Bréfritari: Salbjörg Pálsdóttir
Dagsetning: A-1869-07-04
Skrifað á: Akureyri  Eyf.

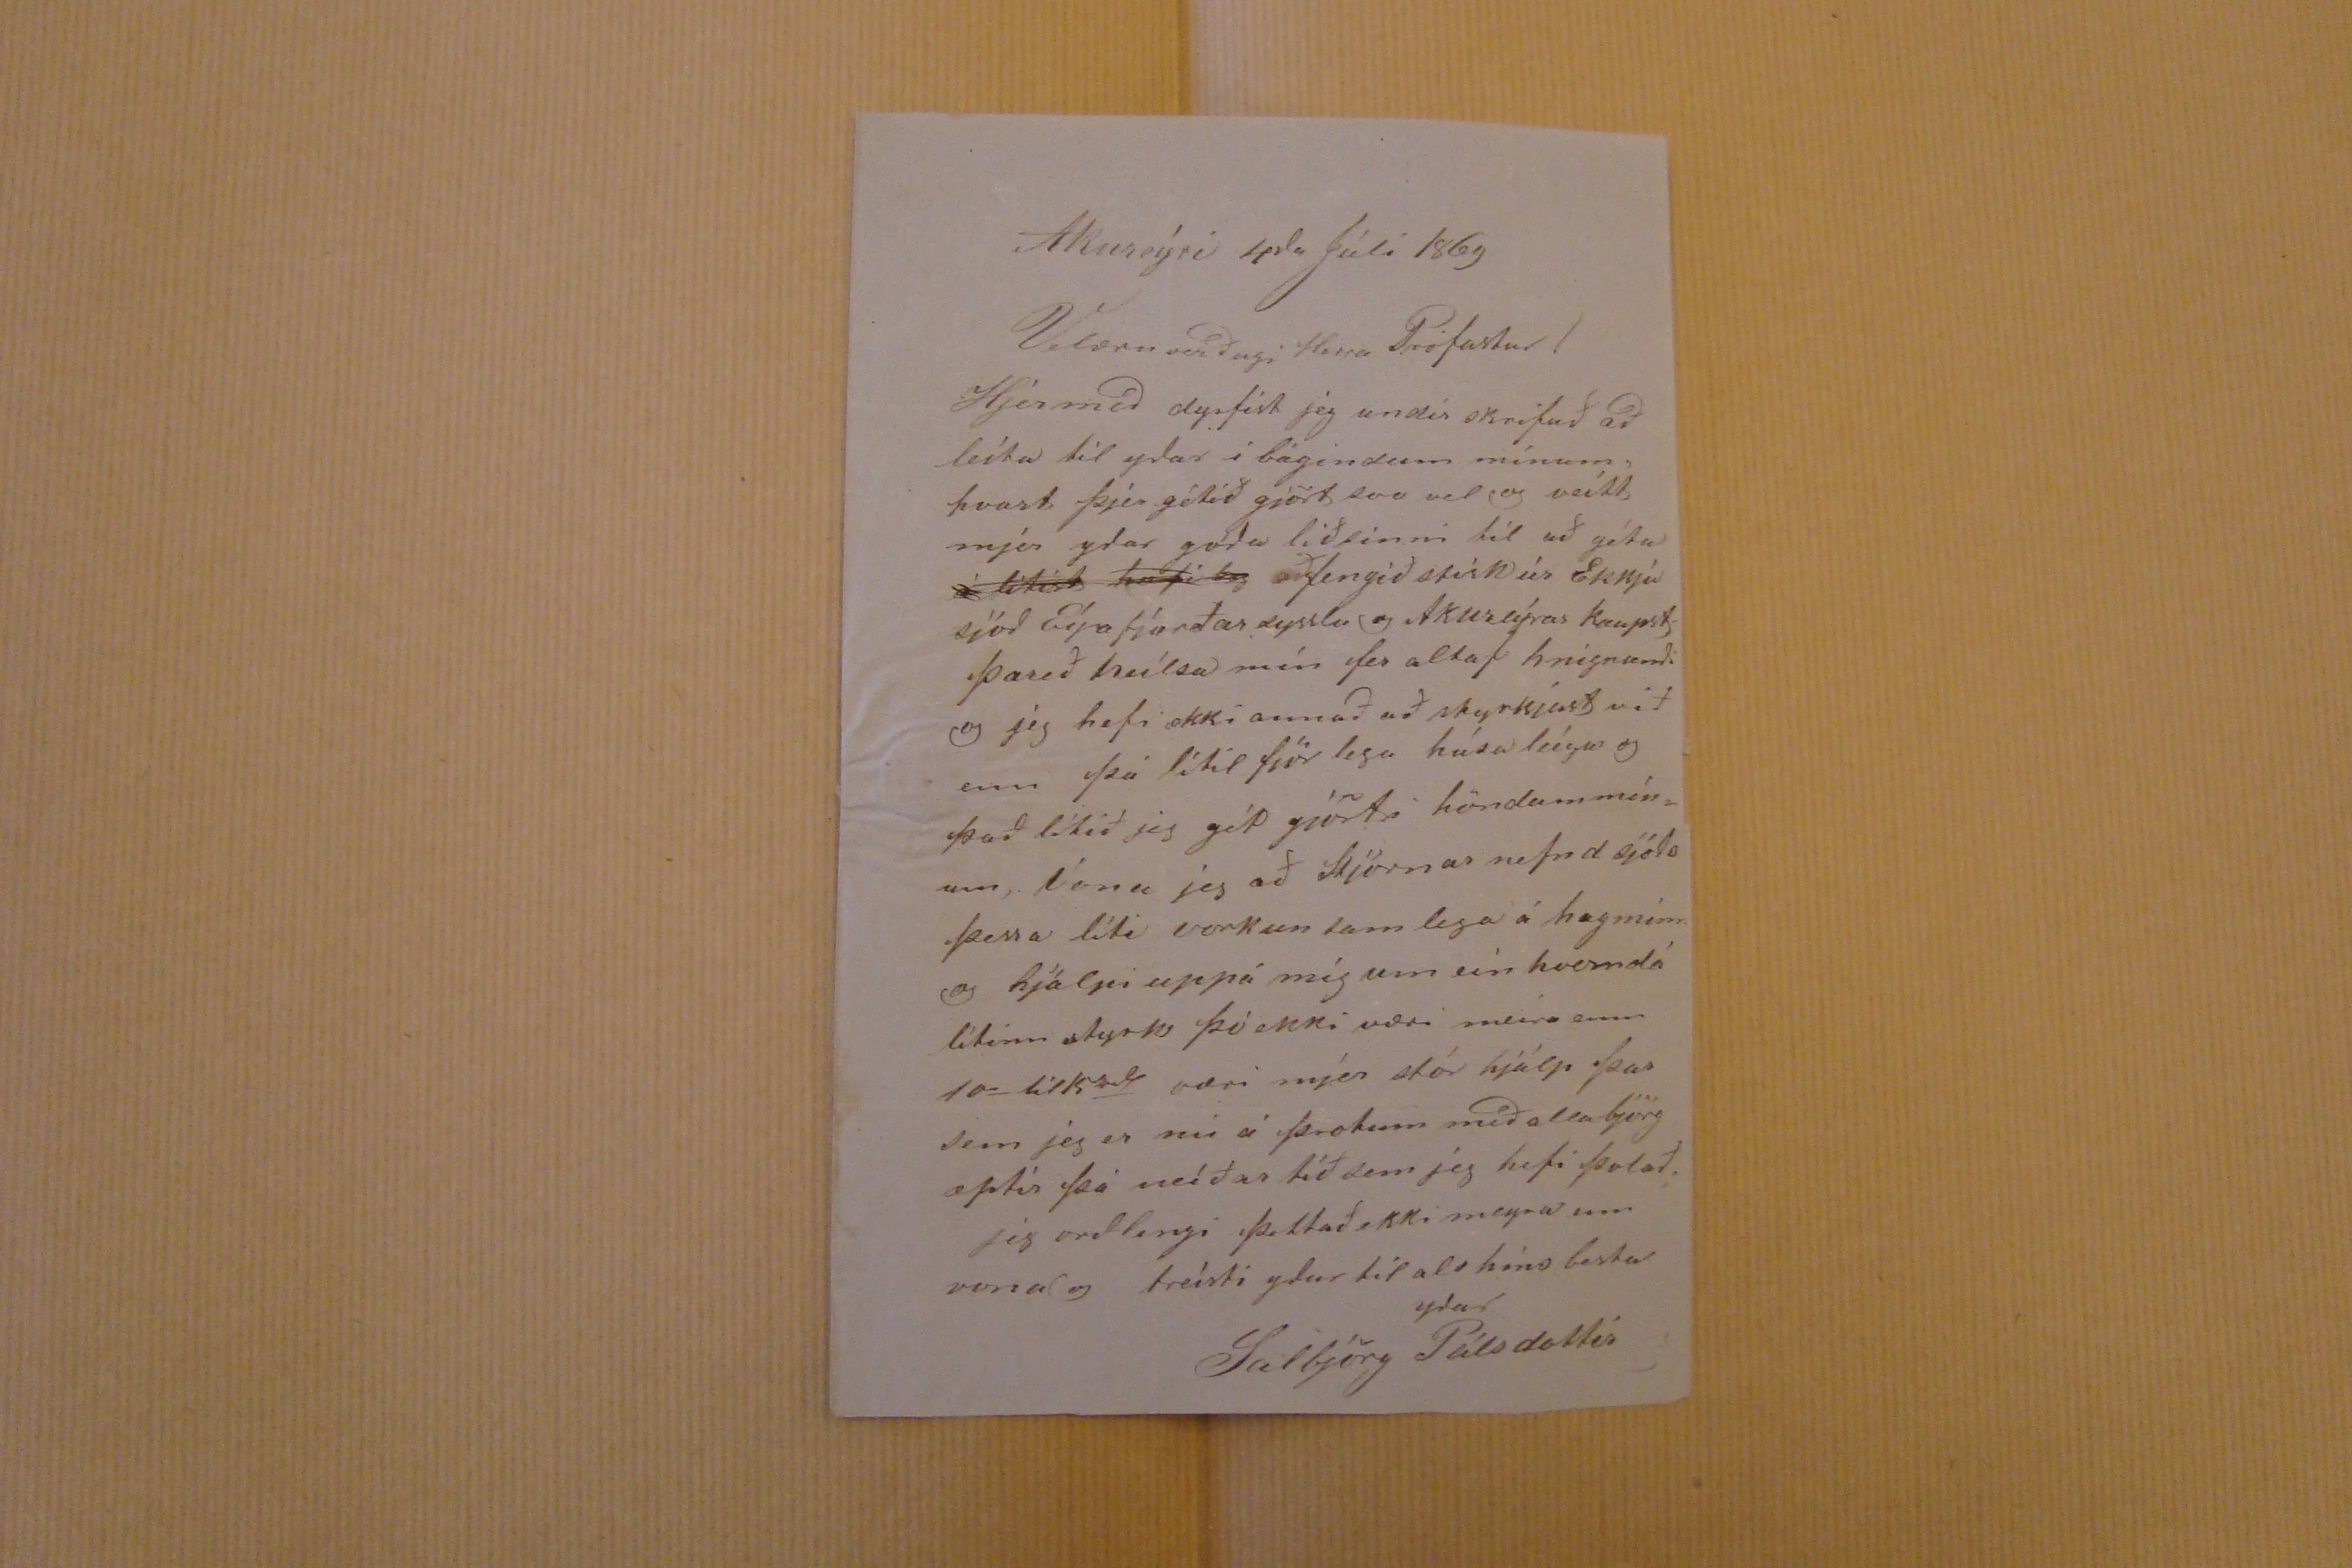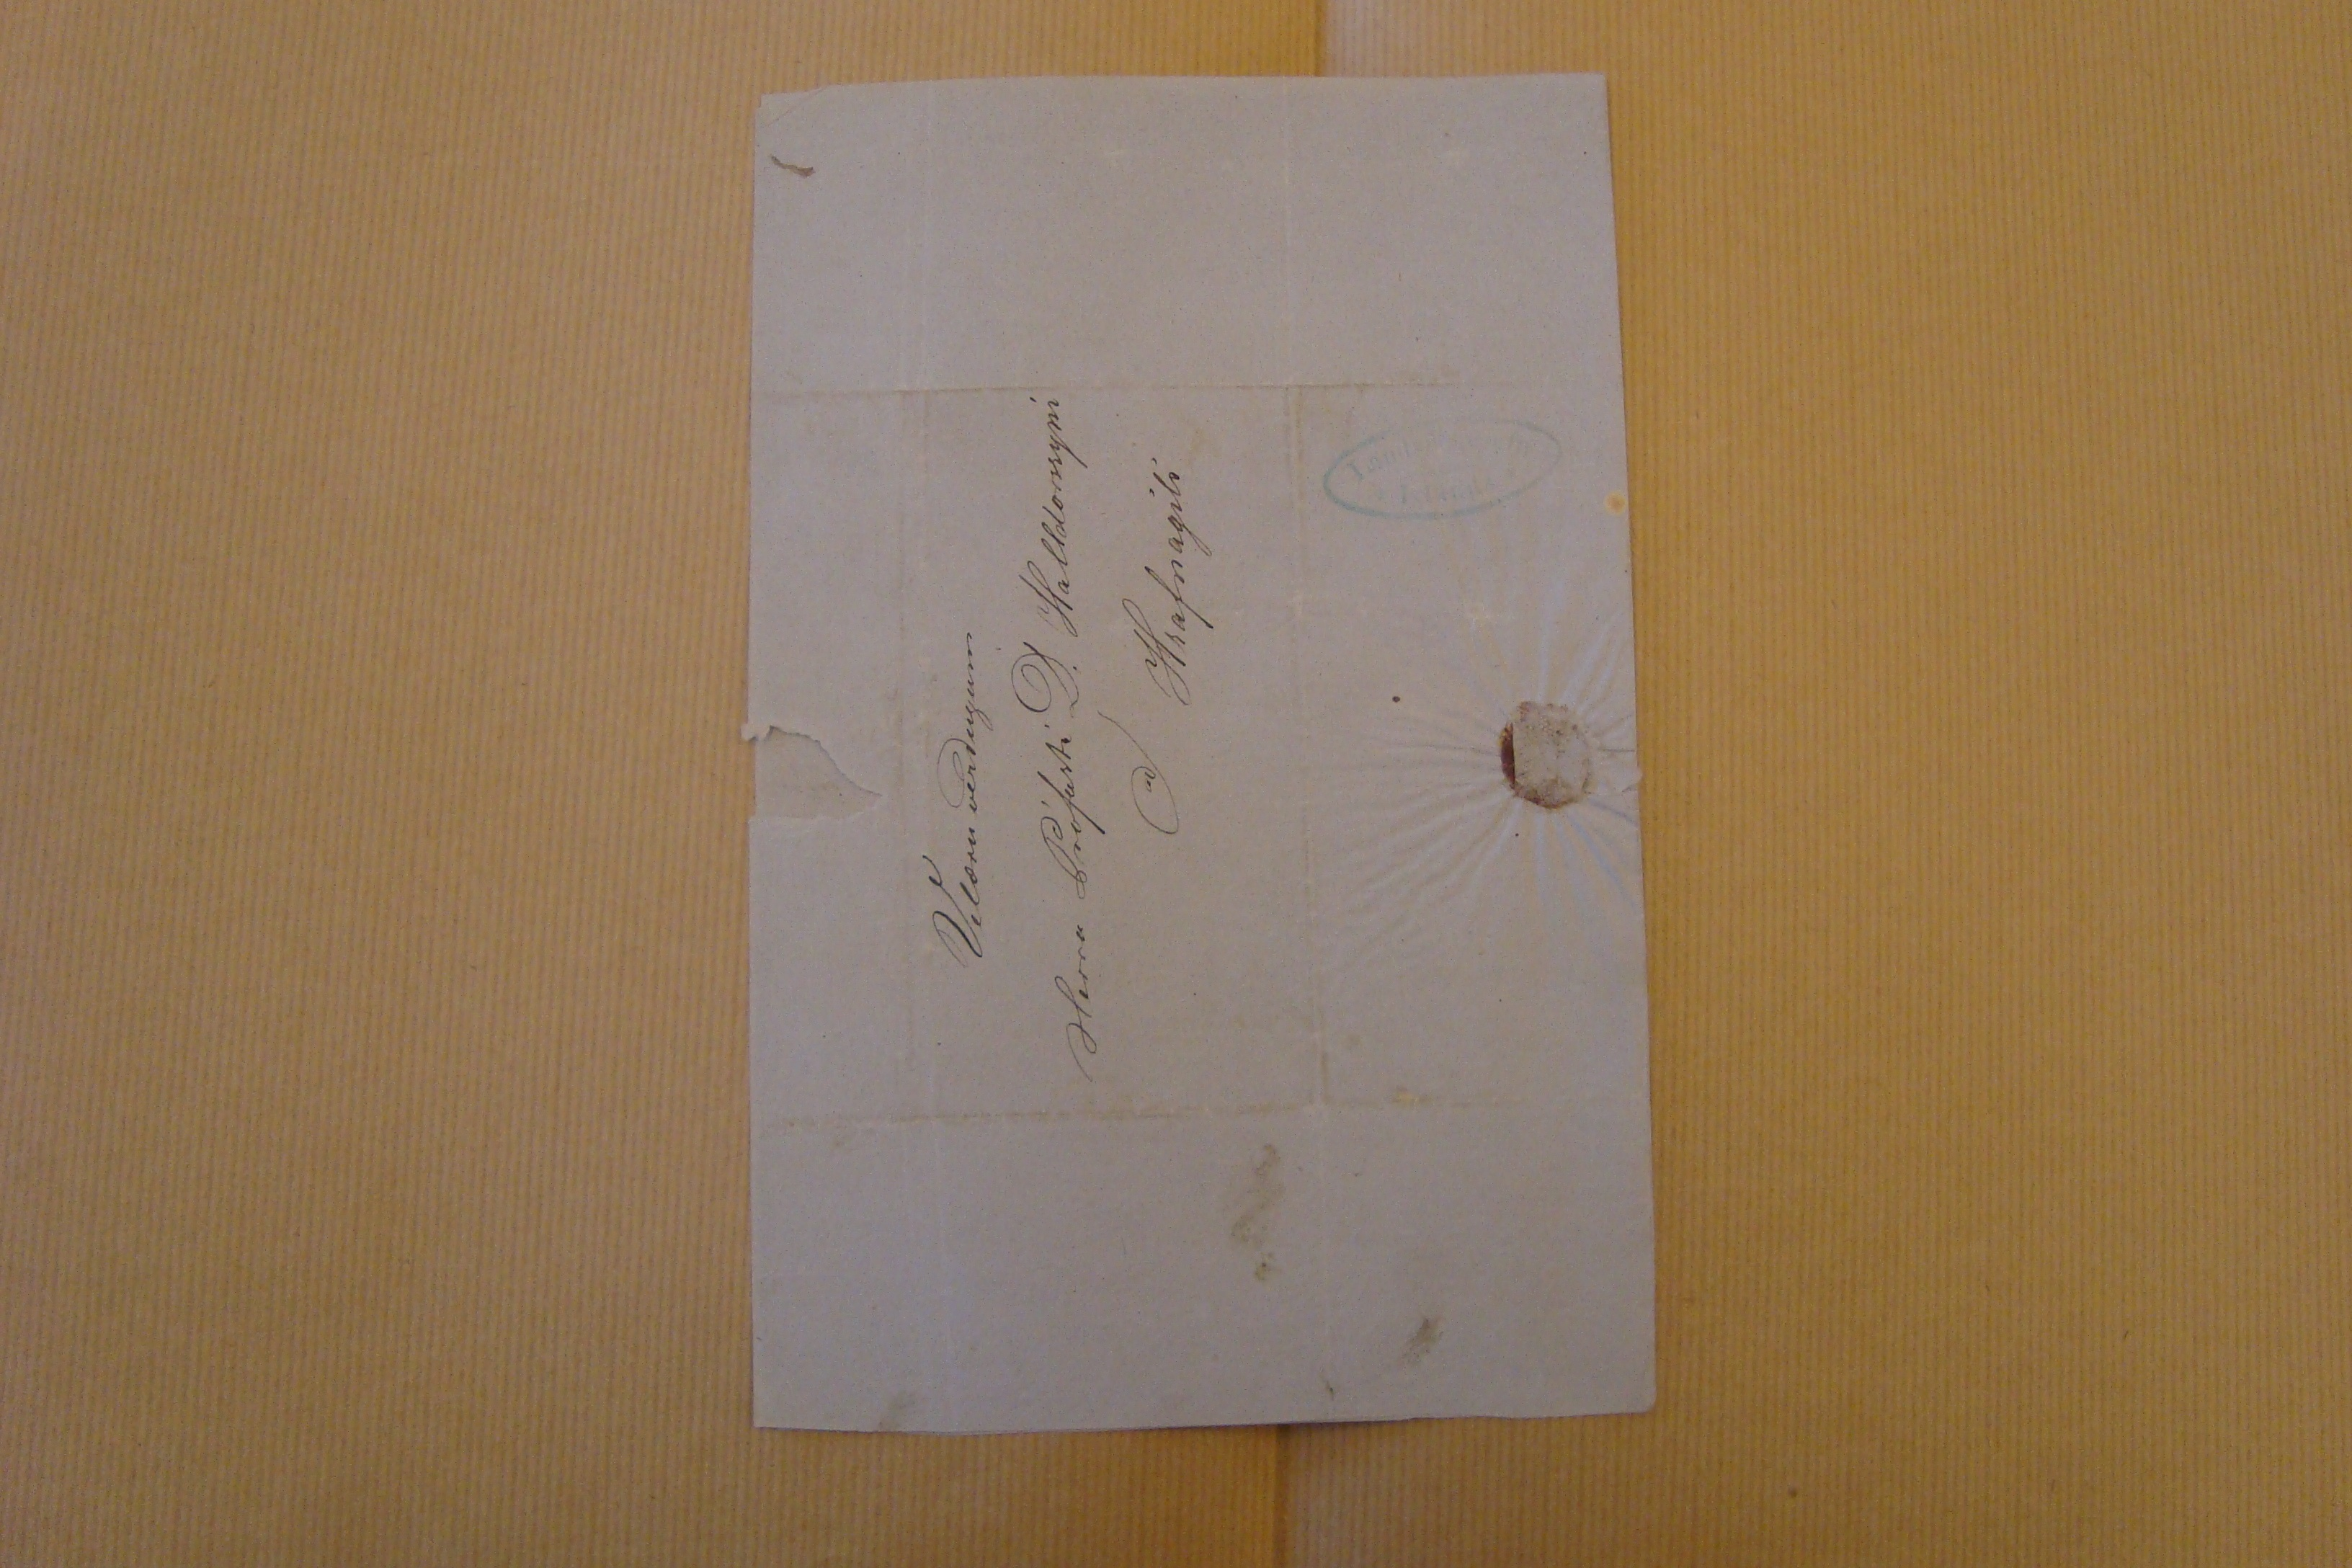

Akureýri 4
da
Júli 1869
Velæru verðugi Herra Profastur!
Hjer með dyrfist jeg undir skrifuð að leíta til yðar í bágindum mínum, hvort þjer gétið gjört svo vel og veítt mjer ydar góda liðsinni til að géta
á lítist
hafi lig
aðfengið stirk úr Ekkju sjóð Eýafjarðar sysslu og Akureýrar kaupst þareð heílsa mín fer altaf hnignandi og jeg hefi ekki annað að styrkjast við enn þá lítil fjör lega húsa leígu og það lítið jeg gét gjörti höndum mínum, vona jeg að Kjörnar nefnd sjóðs þessa líti vorkun sam lega á hagminn og hjálpi uppá míg um eín hverndá lítinn styrk þó ekki væri meira enn 10 til 15
rd
væri mjer stór hjálp þar sem eg er nú á þrotum með alla björg eptir þá neíðar tíð sem jeg hefi þolað.
jeg orðlengi þettað ekki meyra enn vona og treísti yður til als hins besta
ydar
Salbjörg Pálsdottir
Velæru verðugum
Herra Prófasti D. Halldorssyni
að/
Hrafnagili